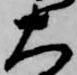
大